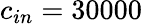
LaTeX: c_{in}=30000